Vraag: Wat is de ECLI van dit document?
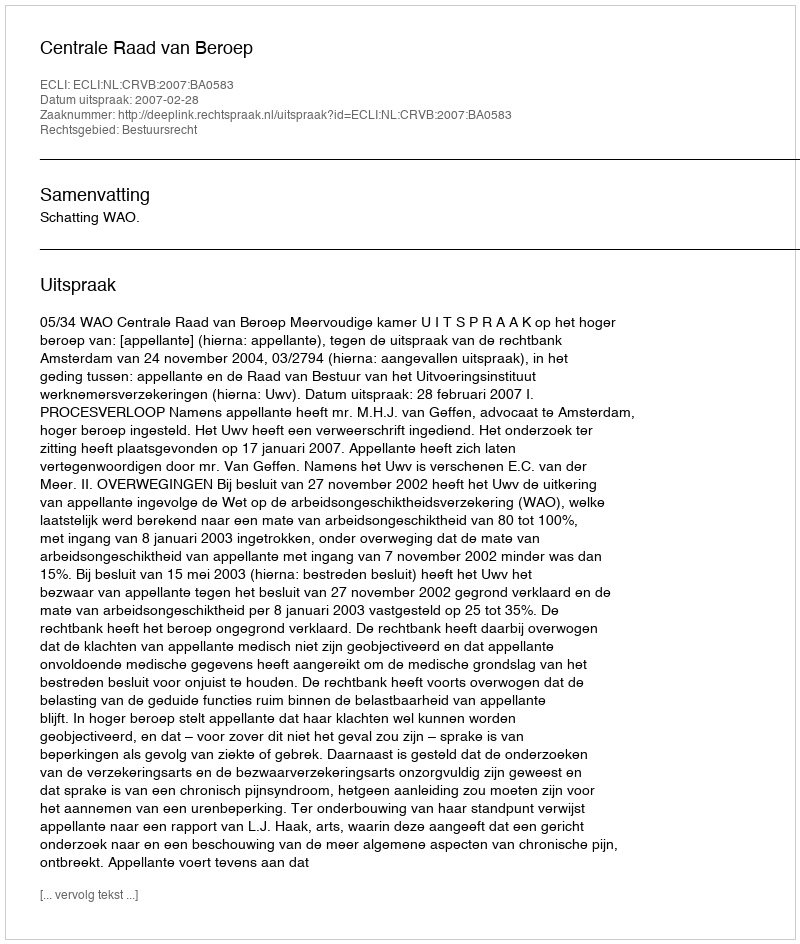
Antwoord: ECLI:NL:CRVB:2007:BA0583